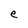
Character: e